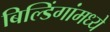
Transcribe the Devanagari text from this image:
बिल्डिंगांमध्ये